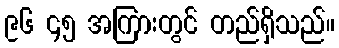
၉၆ ၄၅ အကြားတွင် တည်ရှိသည်။